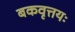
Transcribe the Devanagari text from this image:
बकवृत्तयः